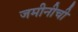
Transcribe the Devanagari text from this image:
जमीनीची